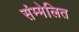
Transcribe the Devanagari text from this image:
संम्मेलित